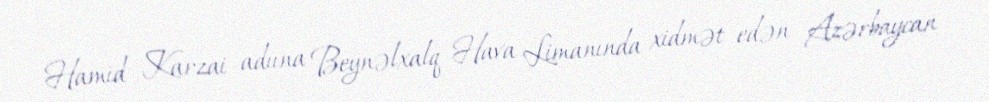
Hamid Karzai adıına Beynəlxalq Hava Limanında xidmət edən Azərbaycan